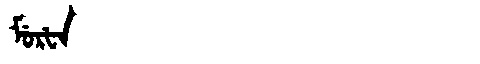
Manchu: ᠮᡠᡵᡶᠠ
Romanization: MURFA